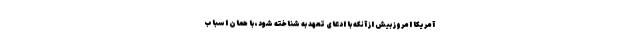
آمریکا امروز بیش از آنکه با ادعای تعهد به شناخته شود، با همان اسباب